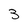
Character: 3